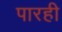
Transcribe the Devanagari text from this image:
पारही